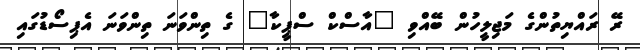
ރޭ ރައްޔިތުންގެ މަޖިލީހުން ބޭއްވި "އާސްކް ސްޕީކާ" ގެ ތިންވަނަ ތިންވަނަ އެޕިސޯޑުގައި